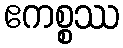
ဧကစ္စဿ